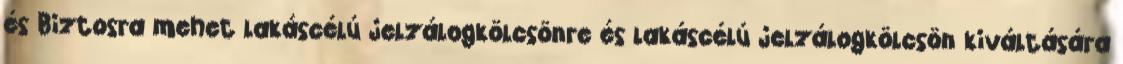
és Biztosra mehet lakáscélú jelzálogkölcsönre és lakáscélú jelzálogkölcsön kiváltására